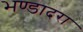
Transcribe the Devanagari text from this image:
भण्डादरा